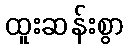
ထူးဆန်းစွာ